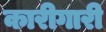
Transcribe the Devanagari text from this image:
कारीगारी